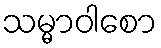
သမ္မာဝါစော